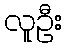
လူဦး